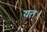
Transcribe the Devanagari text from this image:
यत्।